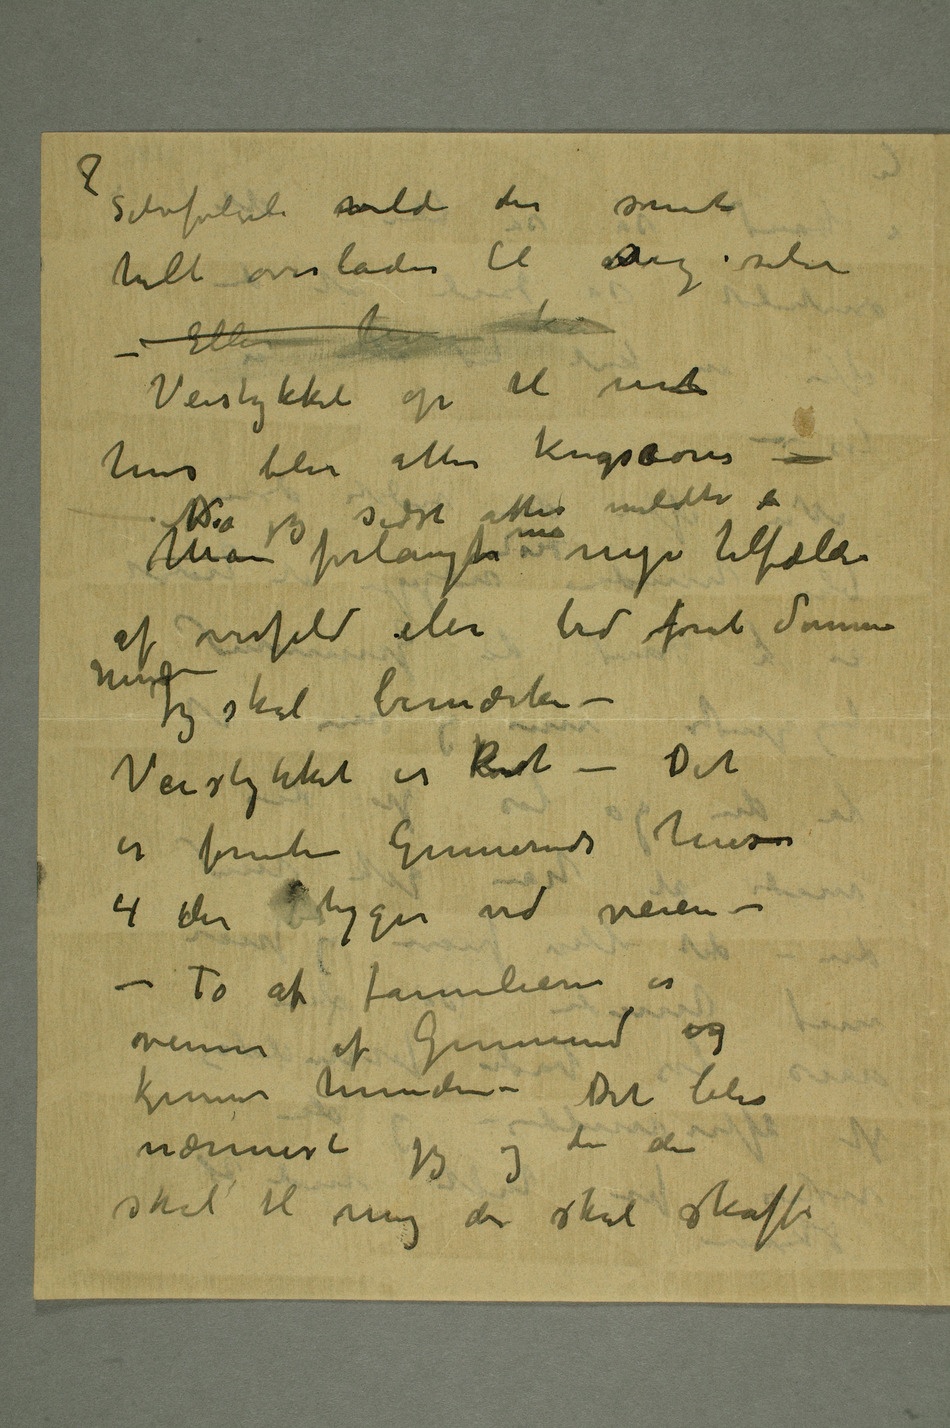
helt overlades til sig selv
Veistykket op til mint
hus blir atter krigssone –
Man forlangte man nye tilfælder
af overfald eller bid forat dømme
Jeg skal bemærke –
Veistykket er kort – Det
er foruten Gunneruds hus
4 der boligger ved veien –
– To af familiene er
venner av Gunnerud og
kjenner hunden – Det blir
nærmest jeg og de der
skal til mig der skal skaffe